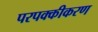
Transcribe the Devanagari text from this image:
परपक्कीकरण